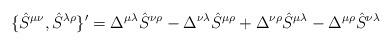
LaTeX: \begin{align*}\{\hat{S}^{\mu \nu }, \hat{S}^{\lambda \rho }\}'=\Delta ^{\mu \lambda} \hat{S}^{\nu \rho } -\Delta ^{\nu \lambda }\hat{S}^{\mu \rho }+\Delta ^{\nu \rho }\hat{S}^{\mu \lambda } -\Delta ^{\mu \rho }\hat{S}^{\nu \lambda }\end{align*}